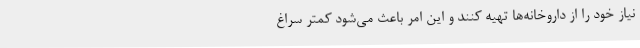
نیاز خود را از داروخانه‌ها تهیه کنند و این امر باعث می‌شود کمتر سراغ